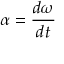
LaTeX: \alpha = { \frac { d \omega } { d t } }